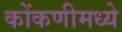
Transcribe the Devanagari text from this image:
कोंकणीमध्ये